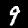
Digit: 9